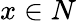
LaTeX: x\in N